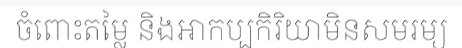
ចំពោះតម្លៃ និងអាកប្បកិរិយាមិនសមរម្យ